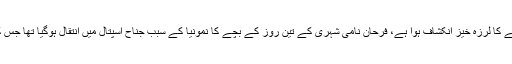
کورنگی کے قبرستان سے مردے غائب ہونے کا لرزہ خیز انکشاف ہوا ہے، فرحان نامی شہری کے تین روز کے بچے کا نمونیا کے سبب جناح اسپتال میں انتقال ہوگیا تھا جس کی تدفین کورنگی کے قبرستان میں کی گئی۔